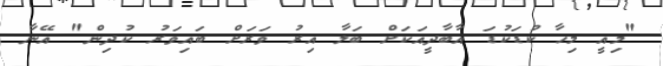
"މިއީ މިހާ ކުޑަކުޑަ އާބާދީއަކަށް ބަލާ އިރު ވަރަށް ބައިވަރު ކުދިން" އޭނާ